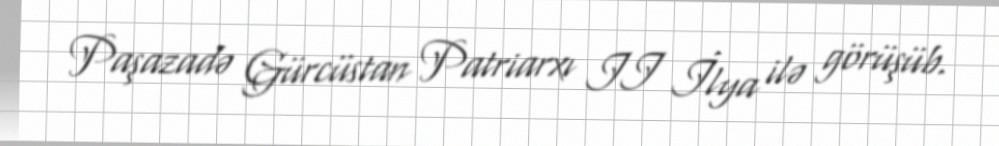
Paşazadə Gürcüstan Patriarxı II İlya ilə görüşüb.